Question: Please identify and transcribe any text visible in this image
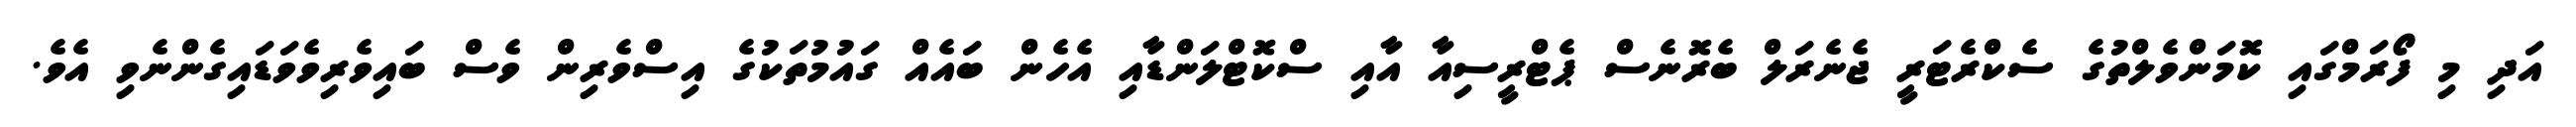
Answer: އަދި މި ފޯރަމްގައި ކޮމަންވެލްތުގެ ސެކްރެޓަރީ ޖެނެރަލް ބެރޮނެސް ޕެޓްރީސިއާ އާއި ސްކޮޓްލަންޑާއި އެހެން ބައެއް ގައުމުތަކުގެ އިސްވެރިން ވެސް ބައިވެރިވެވަޑައިގެންނެވި އެވެ.